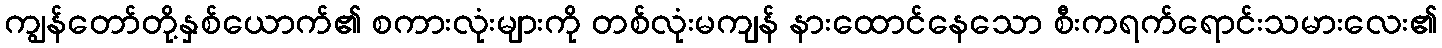
ကျွန်တော်တို့နှစ်ယောက်၏ စကားလုံးများကို တစ်လုံးမကျန် နားထောင်နေသော စီးကရက်ရောင်းသမားလေး၏